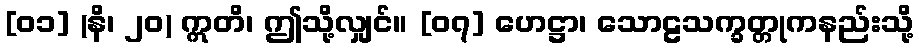
[၀၁] (နိ၊ ၂၀) ဣတိ၊ ဤသို့လျှင်။ [၀၇] ဟေဋ္ဌာ၊ သောဠသက္ခတ္တုကနည်းသို့